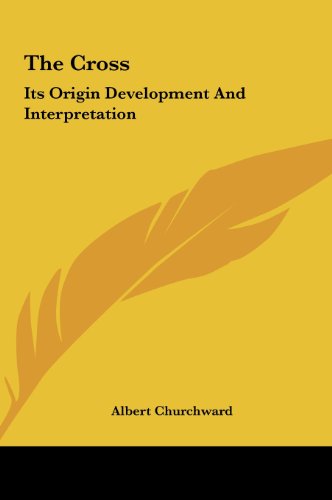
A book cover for The Cross: Its Origin Development And Interpretation; Albert Churchward; Computers & Technology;